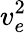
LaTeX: v_{e}^{2}